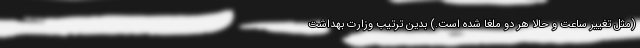
(مثل تغییر ساعت و حالا هر دو ملغا شده است.) بدین ترتیب وزارت بهداشت